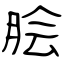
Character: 脍